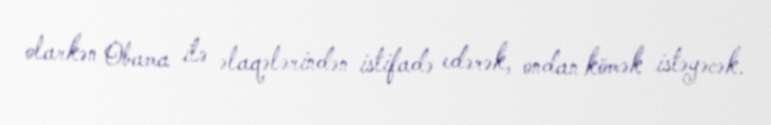
olarkən Obama ilə əlaqələrindən istifadə edərək, ondan kömək istəyəcək.